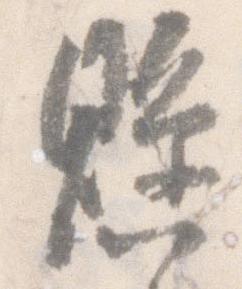
懸